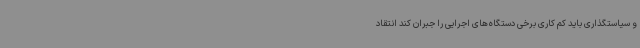
و سیاستگذاری باید کم کاری برخی دستگاه‌های اجرایی را جبران کند انتقاد